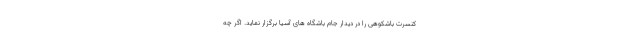
کنسرت باشکوهی را در دیدار جام باشگاه های آسیا برگزار نماید. اگر چه